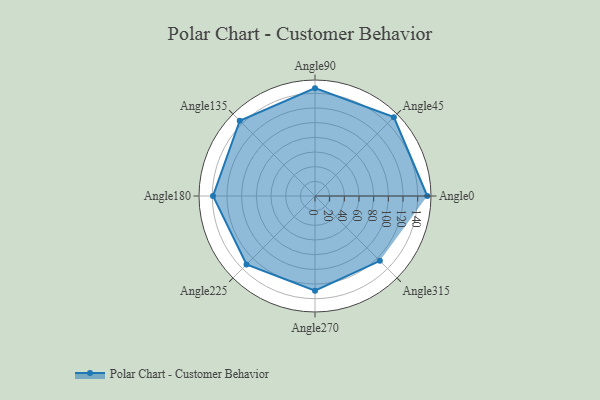
{"axis": {"x": "Angle", "y": "Radius"}, "legend": [""], "data": [{"x": "Angle0", "y": 153.0, "type": ""}, {"x": "Angle45", "y": 152.0, "type": ""}, {"x": "Angle90", "y": 147.0, "type": ""}, {"x": "Angle135", "y": 145.0, "type": ""}, {"x": "Angle180", "y": 139.0, "type": ""}, {"x": "Angle225", "y": 132.0, "type": ""}, {"x": "Angle270", "y": 129.0, "type": ""}, {"x": "Angle315", "y": 125.0, "type": ""}]}